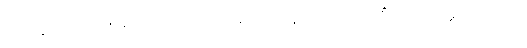
ပျက်ခြင်းကြောင့်။ မရဏာ၊ သေသည်မှ။ ပရံ၊ နောက်၌။ သုဂတိံ၊ ကောင်းမှုကိုပြုသော